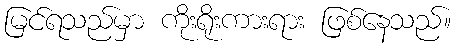
မြင်ရသည်မှာ ကိုးရိုးကားရား ဖြစ်နေသည်။